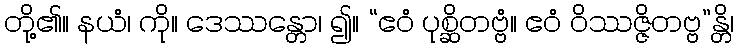
တို့၏။ နယံ၊ ကို။ ဒေဿန္တော၊ ၍။ “ဧဝံ ပုစ္ဆိတဗ္ဗံ။ ဧဝံ ဝိဿဇ္ဇိတဗ္ဗ”န္တိ၊